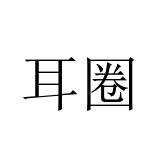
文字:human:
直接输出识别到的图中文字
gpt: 耳圈